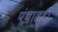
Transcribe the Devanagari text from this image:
पंथातही